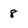
Character: 8